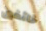
خائفين